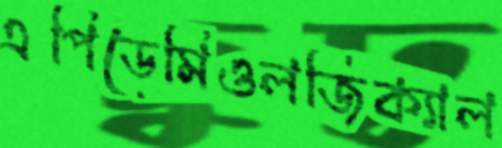
এপিডেমিওলজিক্যাল